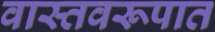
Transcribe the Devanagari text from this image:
वास्तवरूपात